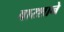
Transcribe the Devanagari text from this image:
वारशाने